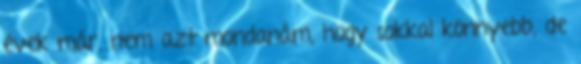
évek már. nem azt mondanám, hogy sokkal könnyebb, de